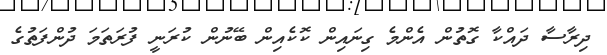
ދިރާސާ ދައްކާ ގޮތުން އެންމެ ގިނައިން ކޮކެއިން ބޭނުން ކުރަނީ ފުރަތަމަ ދުންފަތުގެ